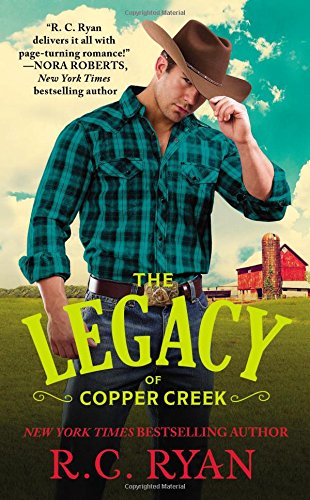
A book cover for The Legacy of Copper Creek (Copper Creek Cowboys); R.C. Ryan; Romance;